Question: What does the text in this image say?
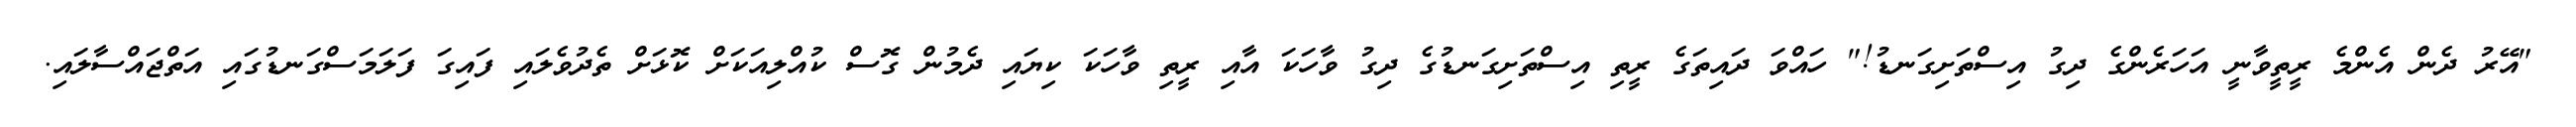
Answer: "އޭރު ދެން އެންމެ ރީތީވާނީ އަހަރެންގެ ދިގު އިސްތަށިގަނޑު!" ހައްވަ ދައިތަގެ ރީތި އިސްތަށިގަނޑުގެ ދިގު ވާހަކަ އާއި ރީތި ވާހަކަ ކިޔައި ދެމުން ގޮސް ކުއްލިއަކަށް ކޮޅަށް ތެދުވެލައި ފައިގަ ފަލަމަސްގަނޑުގައި އަތްޖައްސާލައި.